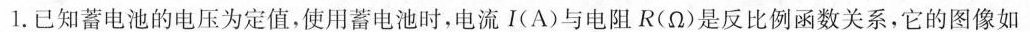
1.已知蓄电池的电压为定值，使用蓄电池时，电流I(A)与电阻R(Ω)是反比例函数关系，它的图像如